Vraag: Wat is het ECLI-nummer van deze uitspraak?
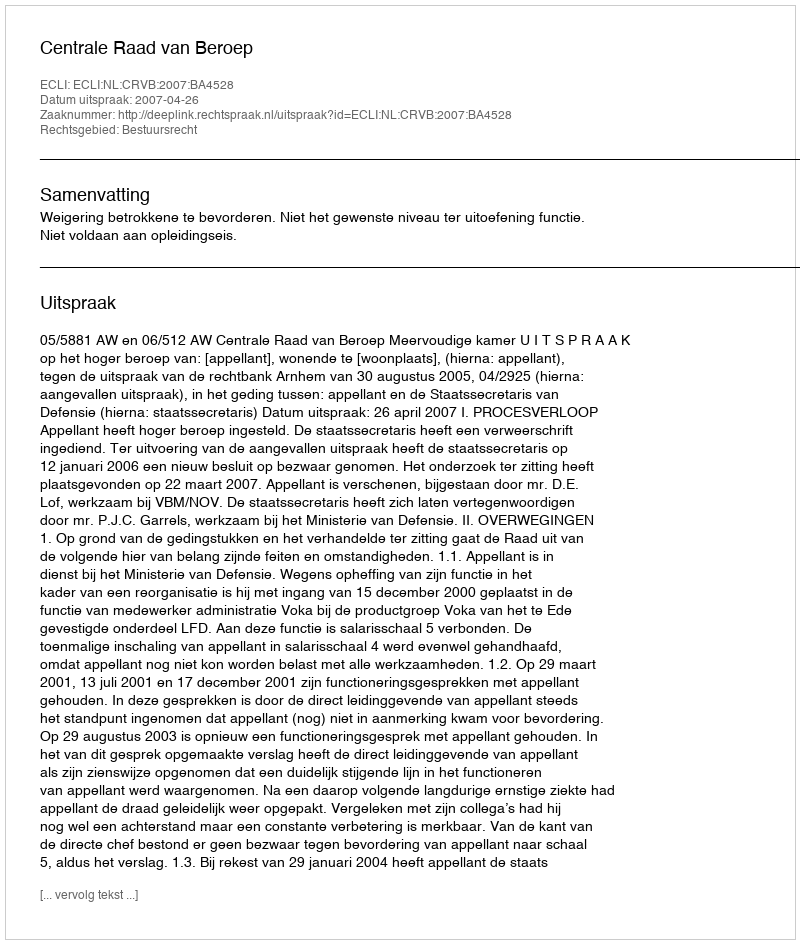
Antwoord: ECLI:NL:CRVB:2007:BA4528